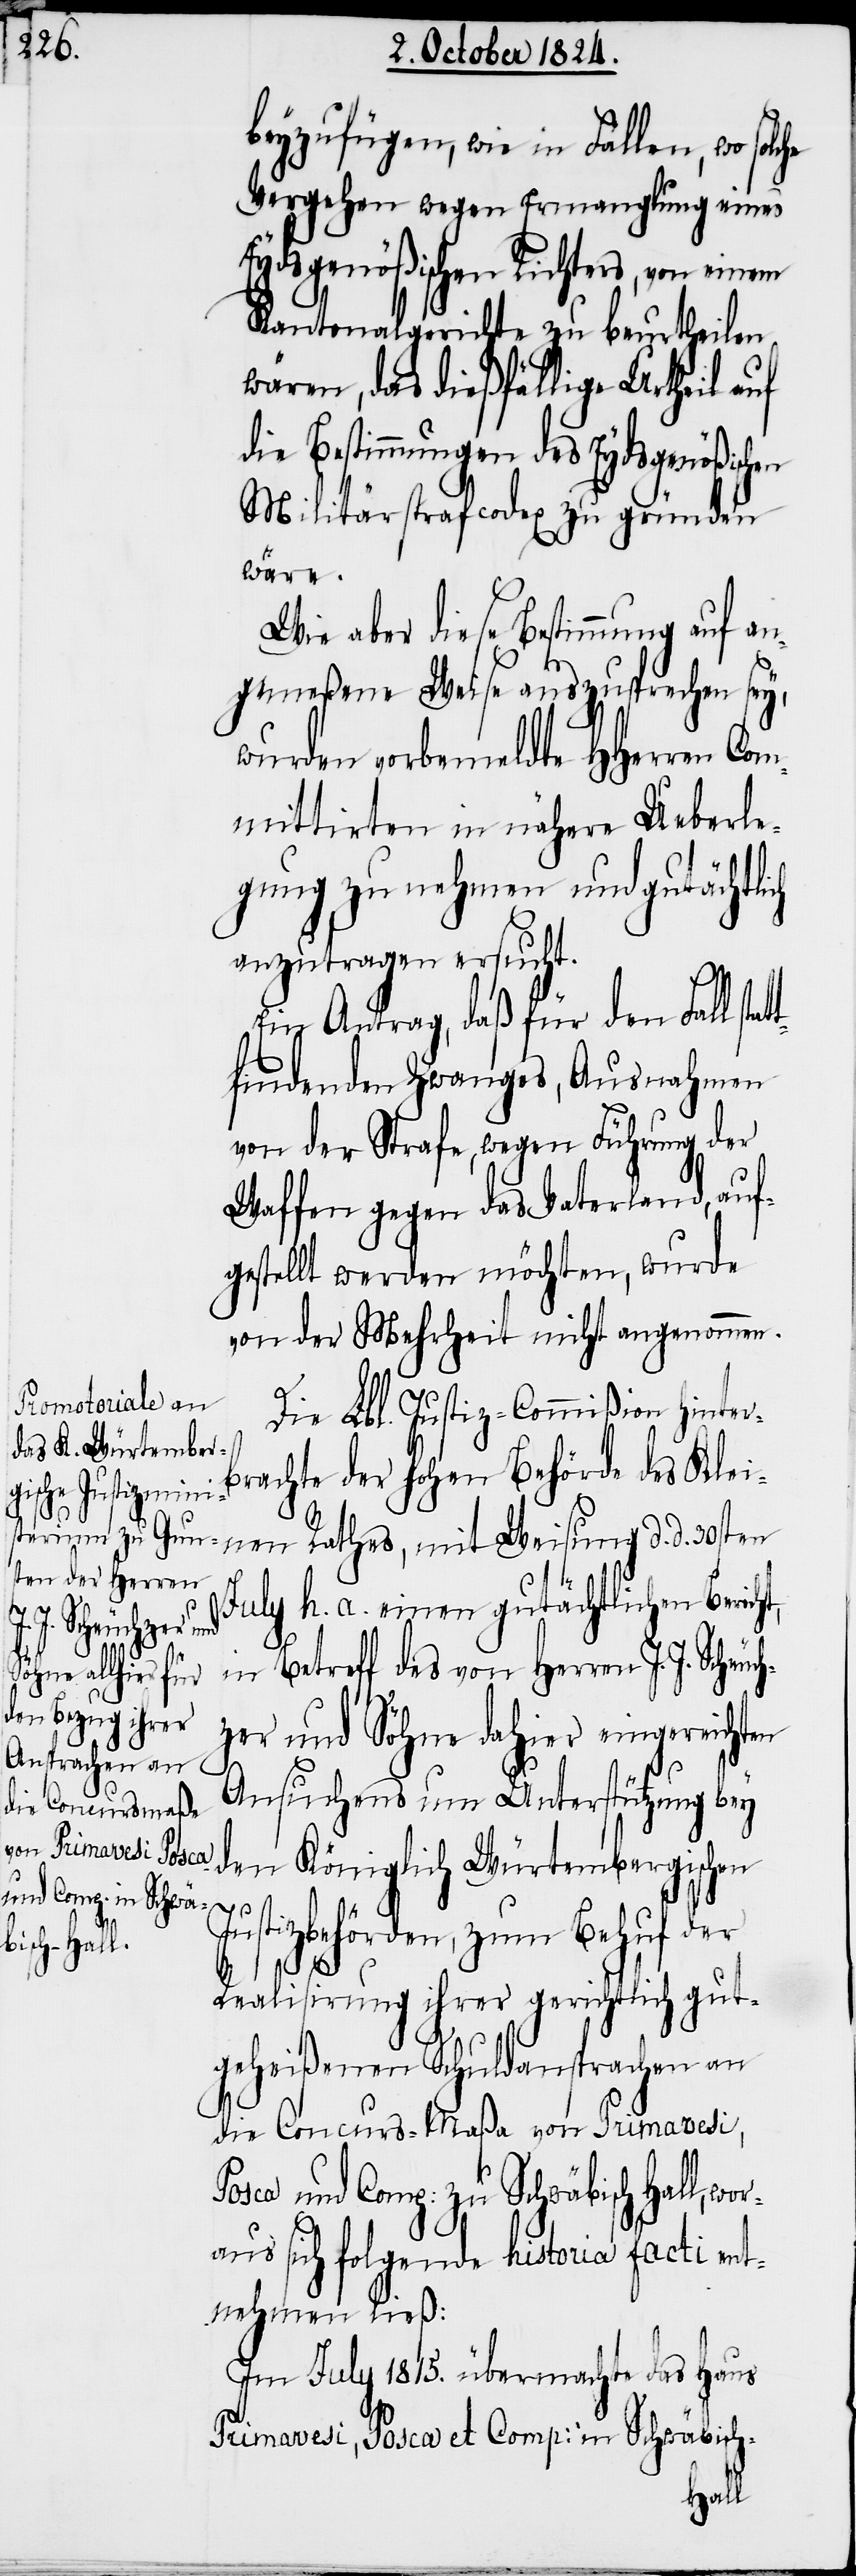
beyzufügen, wie in Fällen, wo
Vergehen wegen Ermanglung eines
Eydsgenößischen Richters, von einem
Kantonalgerichte zu beurtheilen
wären, das dießfällige Urtheil auf
die Bestimmungen des Eydsgenößischen
Militärstrafcodex zu gründen
wor¬
Wie aber diese Bestimmung auf an¬
gemeßene Weise auszusprechen sey,
wurden vorbemeldte HHerren Com¬
mittirten in nähere Ueberle¬
gung zu nehmen und gutächtlich
anzutragen ersucht.
Ein Antrag, daß für den Fall sta¬
findenden Zwanges, Ausnahmen
von der Strafe, wegen Führung der
Waffen gegen das Vaterland, auf¬
gestellt werden möchten, wurde
von der Mehrheit nicht angenommen.
Die Lbl. Justiz-Commißion hinter¬
brachte der hohen Behörde des Klei¬
nen Rathes, mit Weisung d. d. 30sten
July h. a. einen gutächtlichen Bericht,
in Betreff des von Herrn J. J. Scheu¬
zer und Söhne dahier eingereichten
Ansuchens um Unterstützung bey
den Königlich Würtembergischen
und Comp: zu Schwä¬
Justizbehörden, zum Behuf der
bisch-Hall,
ch¬
Realisirung ihrer gerichtlich gut¬
geheißenen Schuldansprachen an
die Concurs-Maßa von Primavesi,
aus sich folgende historia facti ent¬
nehmen ließ:
Im July 1815. übermachte das Haus
Primavesi, Posca et Comp: in Schwäbisch-